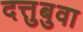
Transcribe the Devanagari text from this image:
दत्तुबुवा